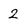
Character: 2